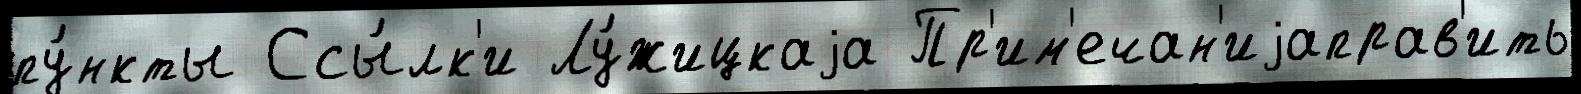
пу́нкты Ссы́лк'и Лу́жицкаjа Пр'им'ечан'иjаправ'ить